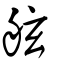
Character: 舷